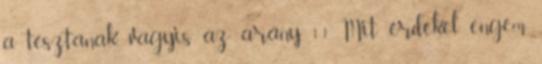
a tésztának. vagyis az arány 1:1. Mit érdekel engem